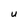
Character: U